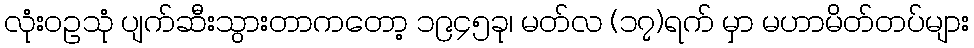
လုံးဝဥသုံ ပျက်ဆီးသွားတာကတော့ ၁၉၄၅ခု၊ မတ်လ (၁၇)ရက် မှာ မဟာမိတ်တပ်များ